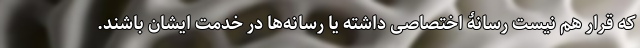
که قرار هم نیست رسانۀ اختصاصی داشته یا رسانه‌ها در خدمت ایشان باشند.